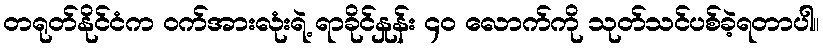
တရုတ်နိုင်ငံက ဝက်အားလုံးရဲ့ ရာခိုင်နှုန်း ၄၀ လောက်ကို သုတ်သင်ပစ်ခဲ့ရတာပါ။